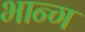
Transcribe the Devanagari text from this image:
भान्ग